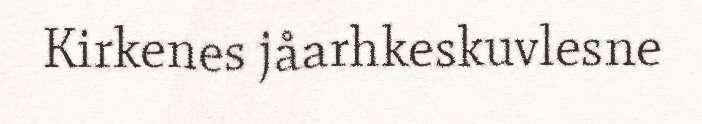
Kirkenes jåarhkeskuvlesne